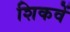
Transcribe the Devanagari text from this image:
शिकवें